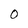
Character: O